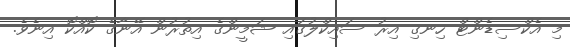
މި އެކްސިޑެންޓް ހިނގި އިރު ސައިކްލުގައި ޝަމީންގެ އިތުރުން އޭނާގެ ކޮއްކޮ އިނެވެ.